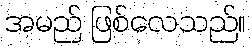
အမည် ဖြစ်လေသည်။